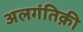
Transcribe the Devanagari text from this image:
अलगंतिक़ी